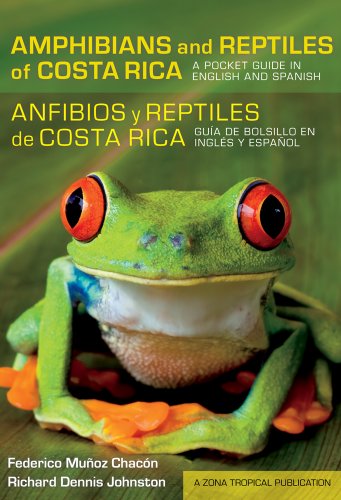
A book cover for Amphibians and Reptiles of Costa Rica/Anfibios y reptiles de Costa Rica: A Pocket Guide in English and Spanish/GuÃ­a de bolsillo en inglÃ©s y espaÃ±ol ... Publications) (English and Spanish Edition); Federico MuÃ±oz ChacÃ³n; Travel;